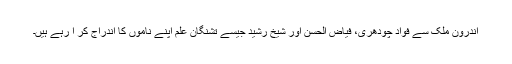
اندرون ملک سے فواد چودھری، فیاض الحسن اور شیخ رشید جیسے تشنگان علم اپنے ناموں کا اندراج کر ا رہے ہیں۔